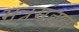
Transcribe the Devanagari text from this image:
मंत्रमंडल